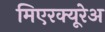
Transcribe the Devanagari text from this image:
मिएरक्यूरेअ